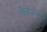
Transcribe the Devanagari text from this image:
नोव्होंबर